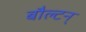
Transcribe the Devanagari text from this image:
बौल्‍टन्‌